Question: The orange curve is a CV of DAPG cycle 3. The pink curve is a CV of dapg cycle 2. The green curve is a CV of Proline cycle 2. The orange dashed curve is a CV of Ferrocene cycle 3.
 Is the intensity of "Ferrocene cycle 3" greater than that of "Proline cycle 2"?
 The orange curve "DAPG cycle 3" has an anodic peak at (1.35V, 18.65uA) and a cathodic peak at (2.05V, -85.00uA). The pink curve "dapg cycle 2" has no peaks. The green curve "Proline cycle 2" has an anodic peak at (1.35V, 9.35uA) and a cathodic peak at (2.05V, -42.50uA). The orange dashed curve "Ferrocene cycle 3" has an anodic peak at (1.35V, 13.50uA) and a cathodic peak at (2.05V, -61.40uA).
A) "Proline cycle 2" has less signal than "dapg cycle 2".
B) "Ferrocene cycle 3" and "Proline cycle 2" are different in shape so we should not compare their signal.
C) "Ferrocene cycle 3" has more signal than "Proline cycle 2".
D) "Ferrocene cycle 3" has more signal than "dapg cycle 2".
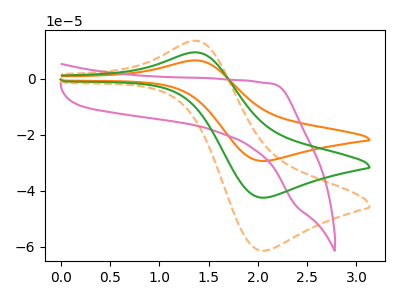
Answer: <think>All the peaks in "Ferrocene cycle 3" have a peak in "Proline cycle 2" at the same potential. Every peak in "Ferrocene cycle 3" is higher than every peak in "Proline cycle 2".
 </think>
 <answer>C) "Ferrocene cycle 3" has more signal than "Proline cycle 2".</answer>
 <eval>C</eval>